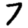
Digit: 7